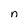
Character: n